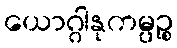
ယောဂ္ဂါနုကမ္ပဉ္စ